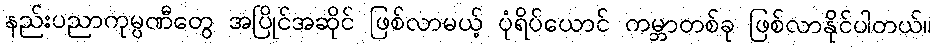
နည်းပညာကုမ္ပဏီတွေ အပြိုင်အဆိုင် ဖြစ်လာမယ့် ပုံရိပ်ယောင် ကမ္ဘာတစ်ခု ဖြစ်လာနိုင်ပါတယ်။